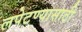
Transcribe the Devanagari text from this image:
लपेटण्यासाठी